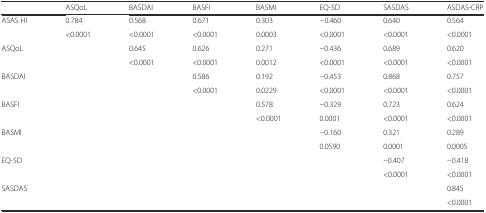
|  | ASQoL | BASDAI | BASFI | BASMI | EQ-5D | SASDAS | ASDAS-CRP |
 | --- | --- | --- | --- | --- | --- | --- | --- |
 | <ROWSPAN=2> ASAS HI | 0.784 | 0.568 | 0.671 | 0.303 | −0.460 | 0.640 | 0.564 |
 | <0.0001 | <0.0001 | <0.0001 | 0.0003 | <0.0001 | <0.0001 | <0.0001 |
 | <ROWSPAN=2> ASQoL |  | 0.645 | 0.626 | 0.271 | −0.436 | 0.689 | 0.620 |
 |  | <0.0001 | <0.0001 | 0.0012 | <0.0001 | <0.0001 | <0.0001 |
 | <ROWSPAN=2> BASDAI |  |  | 0.586 | 0.192 | −0.453 | 0.868 | 0.757 |
 |  |  | <0.0001 | 0.0229 | <0.0001 | <0.0001 | <0.0001 |
 | <ROWSPAN=2> BASFI |  |  |  | 0.578 | −0.329 | 0.723 | 0.624 |
 |  |  |  | <0.0001 | 0.0001 | <0.0001 | <0.0001 |
 | <ROWSPAN=2> BASMI |  |  |  |  | −0.160 | 0.321 | 0.289 |
 |  |  |  |  | 0.0590 | 0.0001 | 0.0005 |
 | <ROWSPAN=2> EQ-5D |  |  |  |  |  | −0.407 | −0.418 |
 |  |  |  |  |  | <0.0001 | <0.0001 |
 | <ROWSPAN=2> SASDAS |  |  |  |  |  |  | 0.845 |
 |  |  |  |  |  |  | <0.0001 |